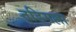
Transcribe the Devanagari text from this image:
तडिमल्ला